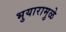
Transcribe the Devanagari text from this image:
भुयारामुळे